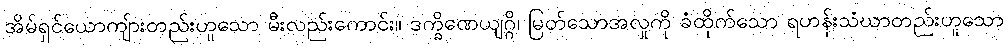
အိမ်ရှင်ယောကျ်ားတည်းဟူသော မီးလည်းကောင်း။ ဒက္ခိဏေယျဂ္ဂိ၊ မြတ်သောအလှုကို ခံထိုက်သော ရဟန်းသံဃာတည်းဟူသော